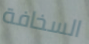
السخافة